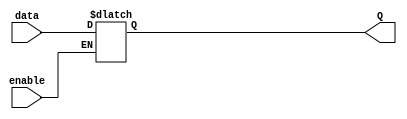
module transparent_latch (
    input data,
    input enable,
    output reg Q
);

always @ (data, enable)
begin
    if (enable == 1'b1) begin
        Q <= data;
    end
end

endmodule